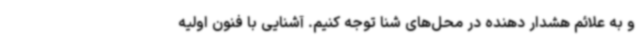
و به علائم هشدار دهنده در محل‌های شنا توجه کنیم. آشنایی با فنون اولیه